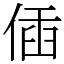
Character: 偛